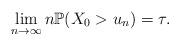
LaTeX: \begin{align*}\lim_{n\to\infty}n\mathbb{P}(X_0>u_n) =\tau.\end{align*}